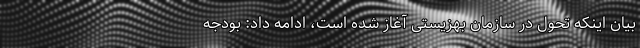
بیان اینکه تحول در سازمان بهزیستی آغاز شده است، ادامه داد: بودجه